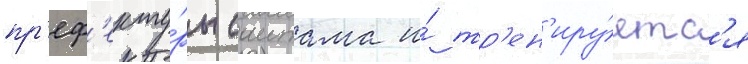
пр'еф'екту́ры саитама и́ тр'ен'иру́етс'я